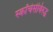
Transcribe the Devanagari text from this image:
स्कॉर्चर्सविरुद्ध